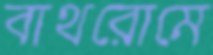
বাথরোমে